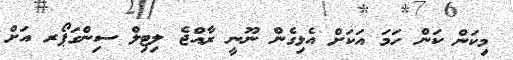
މިކަން ކަން ހަމަ އަކަށް އެޅިގެން ނޫނީ ރާއްޖެ ލިޓިލް ސިންގަޕޯރ އަށް